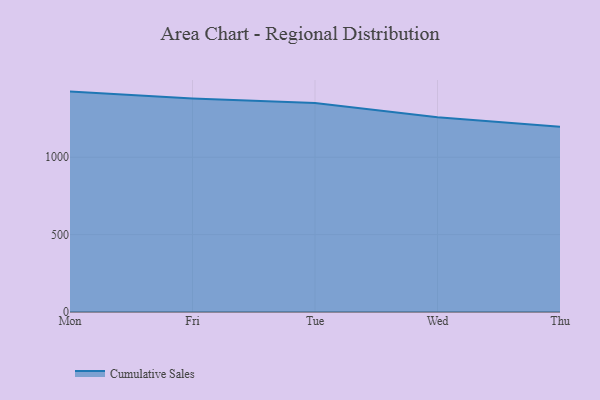
{"axis": {"x": "Day", "y": "Backlog"}, "legend": ["Cumulative Sales"], "data": [{"x": "Mon", "y": 1423.9, "type": "Cumulative Sales"}, {"x": "Fri", "y": 1379.9, "type": "Cumulative Sales"}, {"x": "Tue", "y": 1350.9, "type": "Cumulative Sales"}, {"x": "Wed", "y": 1258.2, "type": "Cumulative Sales"}, {"x": "Thu", "y": 1196.1, "type": "Cumulative Sales"}]}